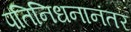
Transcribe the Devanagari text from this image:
पतिनिधनानंतर